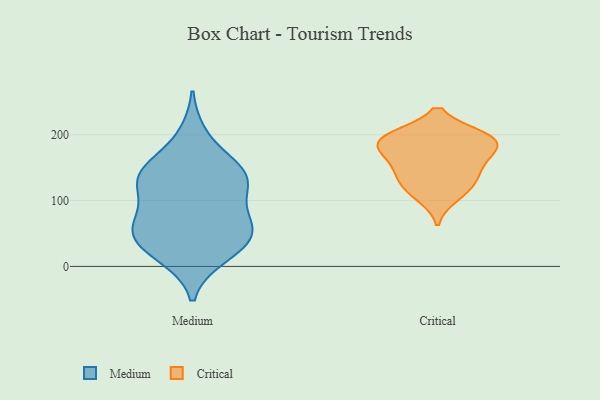
{"axis": {"x": "Waste Production (Tons)", "y": "Value"}, "legend": ["Critical", "Medium"], "data": [{"x": "", "y": 146, "type": "Medium"}, {"x": "", "y": 46, "type": "Medium"}, {"x": "", "y": 132, "type": "Medium"}, {"x": "", "y": 18, "type": "Medium"}, {"x": "", "y": 67, "type": "Medium"}, {"x": "", "y": 105, "type": "Medium"}, {"x": "", "y": 112, "type": "Medium"}, {"x": "", "y": 149, "type": "Medium"}, {"x": "", "y": 38, "type": "Medium"}, {"x": "", "y": 59, "type": "Medium"}, {"x": "", "y": 141, "type": "Medium"}, {"x": "", "y": 199, "type": "Medium"}, {"x": "", "y": 53, "type": "Medium"}, {"x": "", "y": 139, "type": "Medium"}, {"x": "", "y": 62, "type": "Medium"}, {"x": "", "y": 15, "type": "Medium"}, {"x": "", "y": 156, "type": "Critical"}, {"x": "", "y": 197, "type": "Critical"}, {"x": "", "y": 195, "type": "Critical"}, {"x": "", "y": 197, "type": "Critical"}, {"x": "", "y": 172, "type": "Critical"}, {"x": "", "y": 180, "type": "Critical"}, {"x": "", "y": 192, "type": "Critical"}, {"x": "", "y": 148, "type": "Critical"}, {"x": "", "y": 129, "type": "Critical"}, {"x": "", "y": 123, "type": "Critical"}, {"x": "", "y": 106, "type": "Critical"}]}